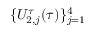
\{ U _ { 2 , j } ^ { \tau } ( \tau ) \} _ { j = 1 } ^ { 4 }